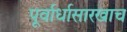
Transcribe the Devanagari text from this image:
पूर्वार्धासारखाच